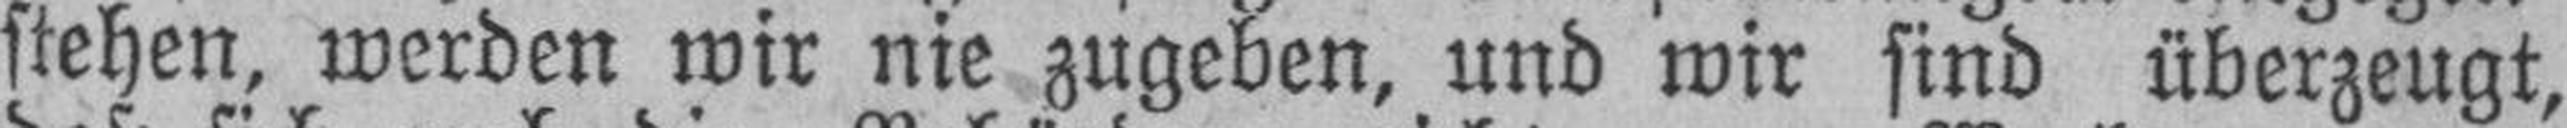
stehen, werden wir nie zugeben, und wir sind überzeugt,